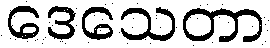
ဒေသေတာ